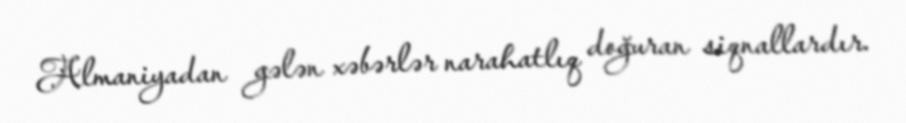
Almaniyadan gələn xəbərlər narahatlıq doğuran siqnallardır.